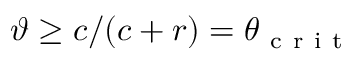
\vartheta \geq c / ( c + r ) = \theta _ { \mathrm { ~ c ~ r ~ i ~ t ~ } }